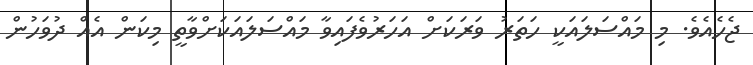
ޖެހެއެވެ. މި މައްސަލައަކީ ހަތަރު ވަރަކަށް އަހަރުވެފައިވާ މައްސަލައަކަށްވާތީ މިކަން އެއް ދުވަހުން